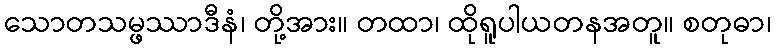
သောတသမ္ဖဿာဒီနံ၊ တို့အား။ တထာ၊ ထိုရူပါယတနအတူ။ စတုဓာ၊